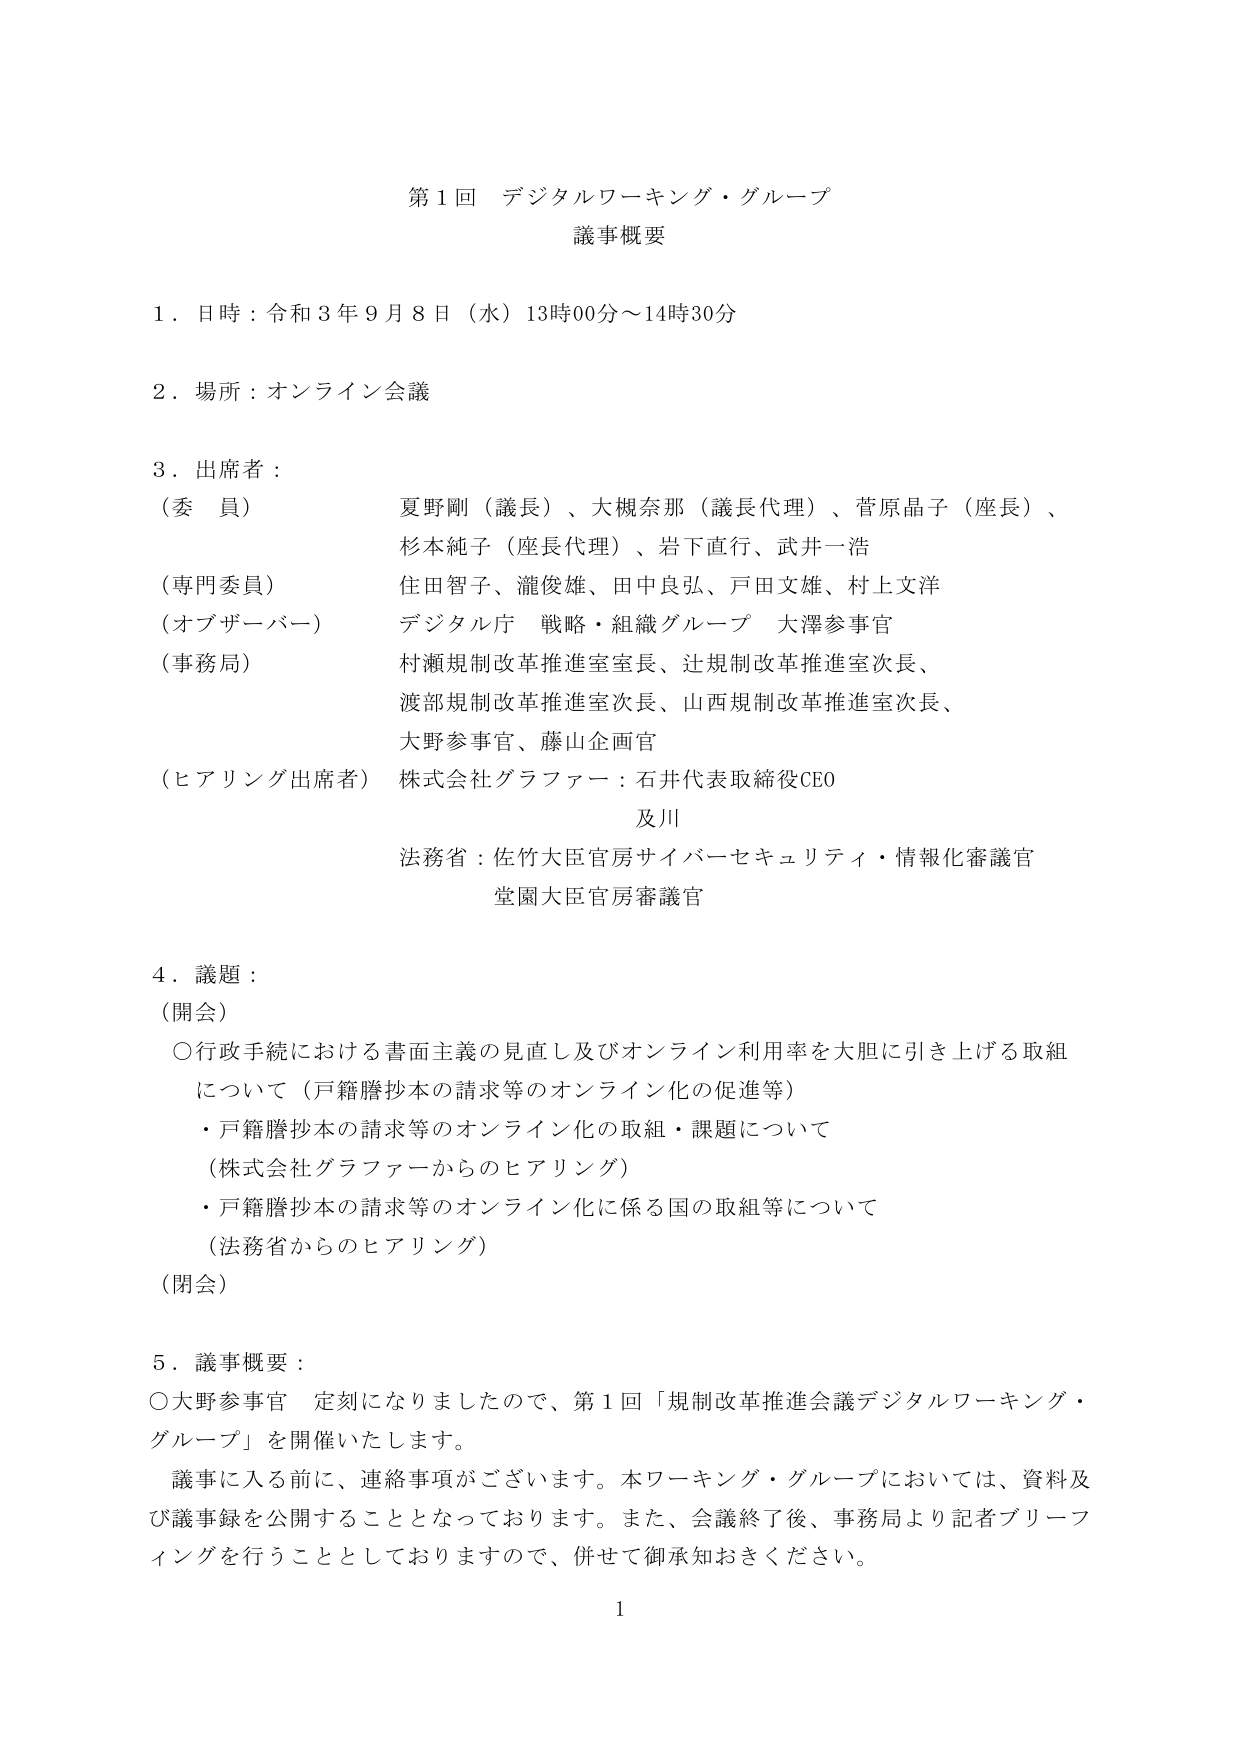
第1回 デジタルワーキング・グループ
議事概要

1．日時：令和3年9月8日（水）13時00分～14時30分

2．場所：オンライン会議

3．出席者：
（委員） 夏野剛（議長）、大槻奈那（議長代理）、菅原晶子（座長）、
　　　　杉本純子（座長代理）、岩下直行、武井一浩
（専門委員） 住田智子、瀧俊雄、田中良弘、戸田文雄、村上文洋
（オブザーバー） デジタル庁 戦略・組織グループ 大澤参事官
（事務局） 村瀬規制改革推進室室長、辻規制改革推進室次長、
　　　　　　渡部規制改革推進室次長、山西規制改革推進室次長、
　　　　　　大野参事官、藤山企画官
（ヒアリング出席者） 株式会社グラファー：石井代表取締役CEO
　　　　　　　　　　及川
　　　　　　　　　　法務省：佐竹大臣官房サイバーセキュリティ・情報化審議官
　　　　　　　　　　　　堂園大臣官房審議官

4．議題：
（開会）
〇行政手続における書面主義の見直し及びオンライン利用率を大胆に引き上げる取組
　について（戸籍謄抄本の請求等のオンライン化の促進等）
　・戸籍謄抄本の請求等のオンライン化の取組・課題について
　　（株式会社グラファーからのヒアリング）
　・戸籍謄抄本の請求等のオンライン化に係る国の取組等について
　　（法務省からのヒアリング）
（閉会）

5．議事概要：
〇大野参事官 定刻になりましたので、第1回「規制改革推進会議デジタルワーキング・
　グループ」を開催いたします。
　議事に入る前に、連絡事項がございます。本ワーキング・グループにおいては、資料及
　び議事録を公開することとなっております。また、会議終了後、事務局より記者ブリーフ
　ィングを行うこととしておりますので、併せて御承知おきください。

1